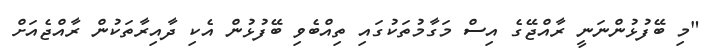
"މި ބޭފުޅުންނަނީ ރާއްޖޭގެ އިސް މަގާމުތަކުގައި ތިއްބެވި ބޭފުޅުން އެކި ދާއިރާތަކުން ރާއްޖެއަށް